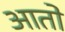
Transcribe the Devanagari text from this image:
आताे